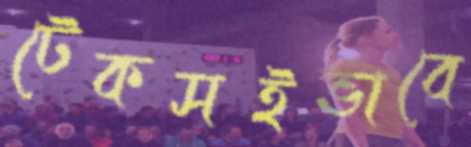
টেকসইভাবে